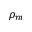
\rho _ { m }